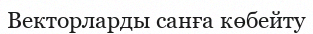
Векторларды санға көбейту